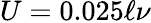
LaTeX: U=0.025\ell\nu